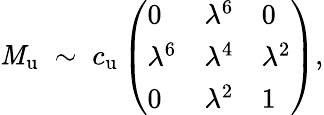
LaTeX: \mathit{M}_{\mathrm{{u}}}\; \sim\; c_{\mathrm{{u}}}\left(\begin{array}{lll}{{0}}&{{\lambda^{6}}}&{{0}}\\ {{\lambda^{6}}}&{{\lambda^{4}}}&{{\lambda^{2}}}\\ {{0}}&{{\lambda^{2}}}&{{1}}\end{array}\right),